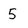
Character: 5